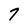
Character: 7